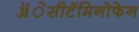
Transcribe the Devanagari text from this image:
ॲेसीटॅमिनोफेन